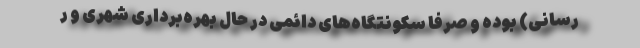
رسانی) بوده و صرفا سکونتگاه‌های دائمی در حال بهره‌برداری شهری و ر